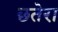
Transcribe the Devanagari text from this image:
छतेरा